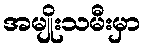
အမျိုးသမီးမှာ